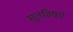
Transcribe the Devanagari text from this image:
सूतविषये